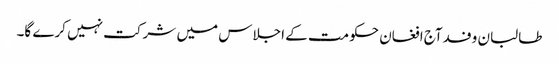
طالبان وفدآج افغان حکومت کے اجلاس میں شرکت نہیں کرے گا۔